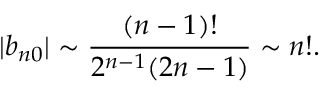
| b _ { n 0 } | \sim \frac { ( n - 1 ) ! } { 2 ^ { n - 1 } ( 2 n - 1 ) } \sim n ! .